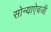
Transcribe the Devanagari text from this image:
सोन्याऐवजी